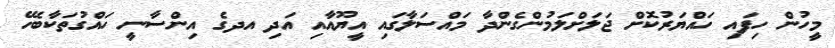
މީހުން ހިފައި ހައްޔަރުކޮށް ޖަލަށްލަމުންގެންދާ މައްސަލާގައި އީޔޫއާއި އަދި އދގެ އިންސާނީ ހައްގުތަކާބެހޭ